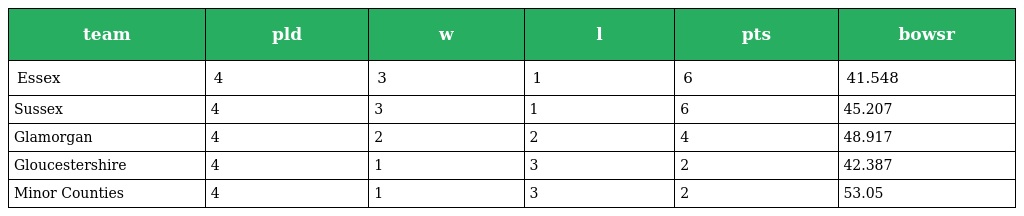
| team | pld | w | l | pts | bowsr |
 | --- | --- | --- | --- | --- | --- |
 | Essex | 4 | 3 | 1 | 6 | 41.548 |
 | Sussex | 4 | 3 | 1 | 6 | 45.207 |
 | Glamorgan | 4 | 2 | 2 | 4 | 48.917 |
 | Gloucestershire | 4 | 1 | 3 | 2 | 42.387 |
 | Minor Counties | 4 | 1 | 3 | 2 | 53.05 |